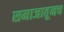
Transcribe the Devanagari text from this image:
समाजातूनच